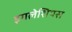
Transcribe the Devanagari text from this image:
इगलेशियस